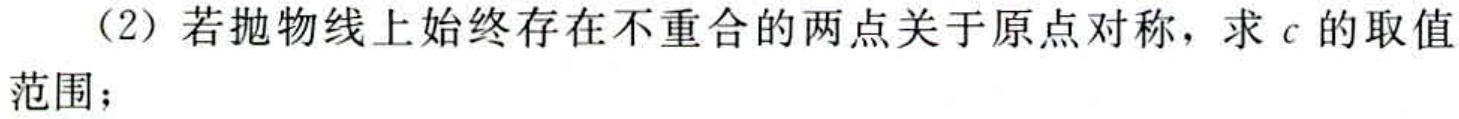
（2）若抛物线上始终存在不重合的两点关于原点对称，求\(c\)的取值范围；